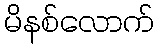
မိနစ်လောက်